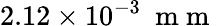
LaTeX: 2.12\times 10^{-3}~\mathrm{~m~m~}